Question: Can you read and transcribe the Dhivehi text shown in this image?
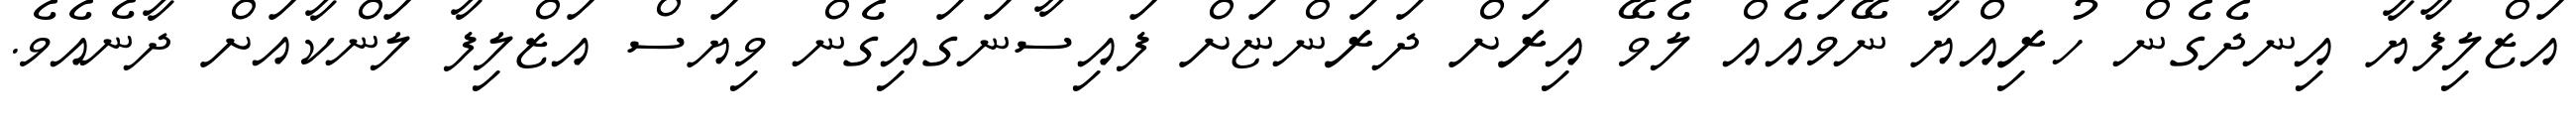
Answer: އަޒްލިފާޔާ އިނދެގެން ހުރިއްޔާ ނޭވައެއް ލެވޭ އިރަށް ދަރަންޏަށް ފައިސާނަގައިގެން ވިޔަސް އަޒްލިފާ ލަންކާއަށް ދާނެއެވެ.